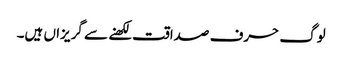
لوگ حرف صداقت لکھنے سے گریزاں ہیں۔